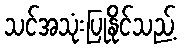
သင်အသုံးပြုနိုင်သည့်